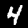
Digit: 4